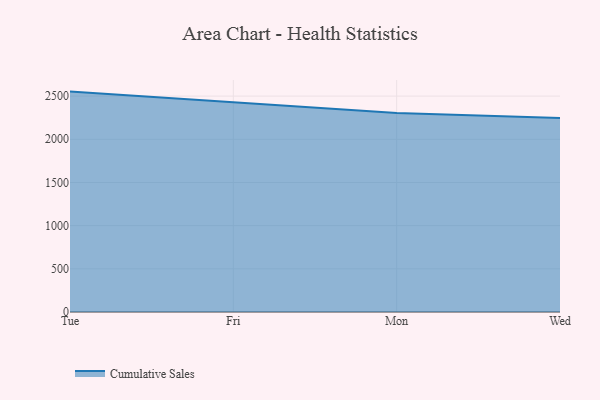
{"axis": {"x": "Day", "y": "Demand Index"}, "legend": ["Cumulative Sales"], "data": [{"x": "Tue", "y": 2552.3, "type": "Cumulative Sales"}, {"x": "Fri", "y": 2430.6, "type": "Cumulative Sales"}, {"x": "Mon", "y": 2305.6, "type": "Cumulative Sales"}, {"x": "Wed", "y": 2247.2, "type": "Cumulative Sales"}]}